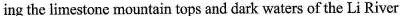
ing the limestone mountain tops and dark waters of the Li River